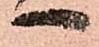
へ